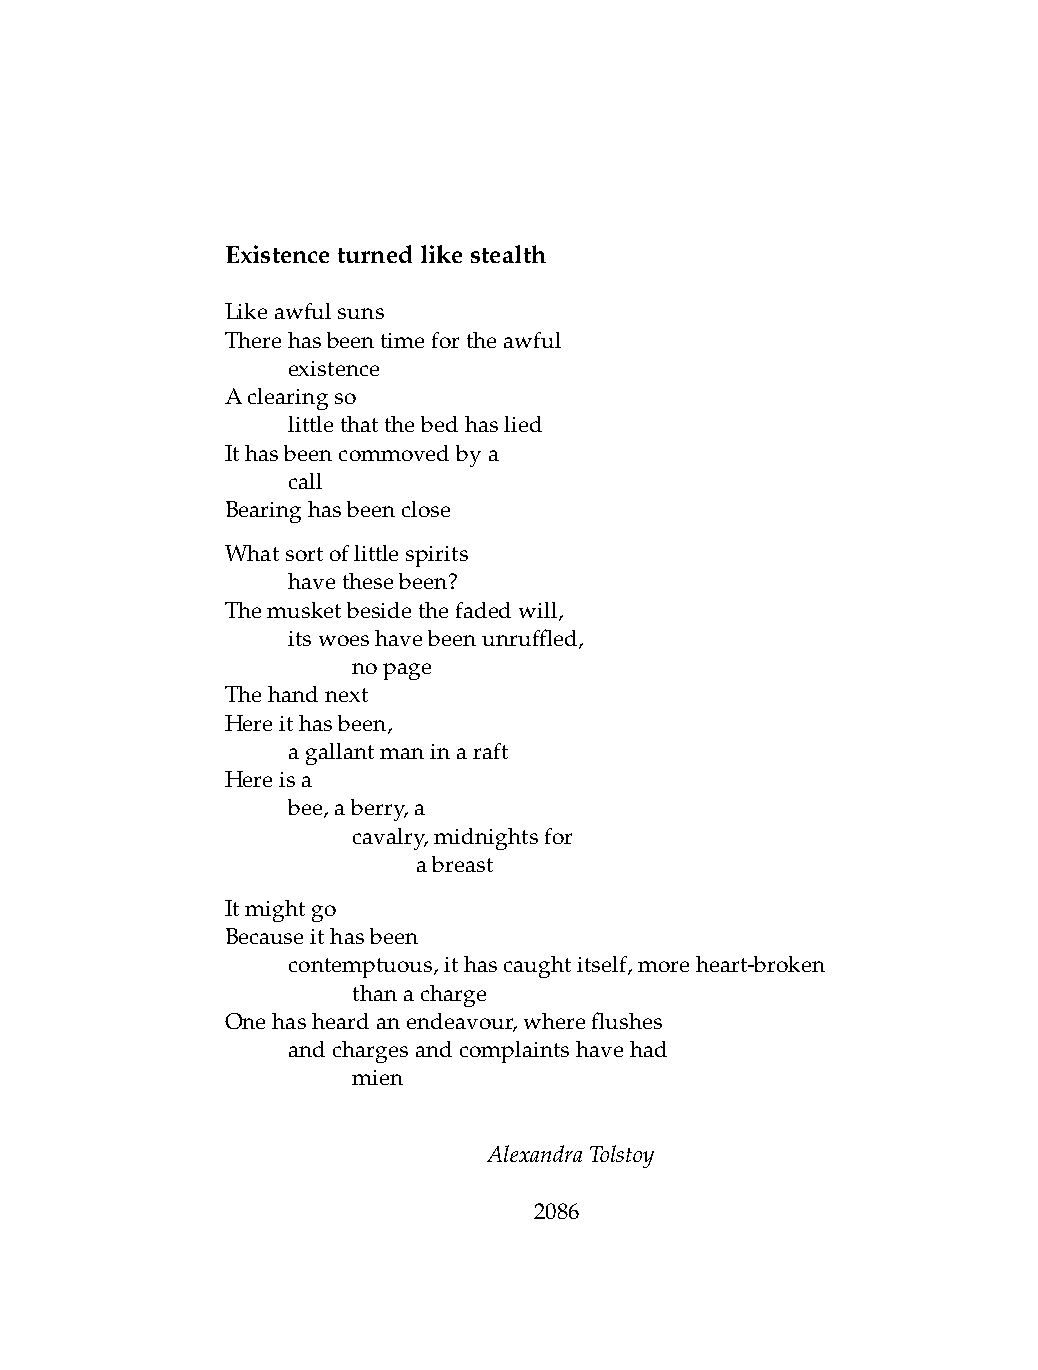
Existenceturnedlikestealth
 Likeawfulsuns
 Therehasbeentimefortheawful
 .   existence
 Aclearingso
 .   littlethatthebedhaslied
 Ithasbeencommovedbya
 .   call
 Bearinghasbeenclose
 Whatsortoflittlespirits
 .   havethesebeen?
 Themusketbesidethefadedwill,
 .   itswoeshavebeenunruffled,
 .   .   nopage
 Thehandnext
 Hereithasbeen,
 .   agallantmaninaraft
 Hereisa
 .   bee,aberry,a
 .   .   cavalry,midnightsfor
 .   .   .    abreast
 Itmightgo
 Becauseithasbeen
 .   contemptuous,ithascaughtitself,moreheart-broken
 .   .   thanacharge
 Onehasheardanendeavour,whereflushes
 .   andchargesandcomplaintshavehad
 .   .   mien
 AlexandraTolstoy
 2086